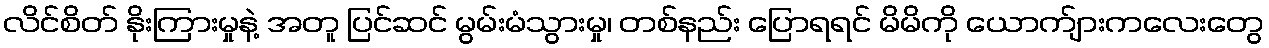
လိင်စိတ် နိုးကြားမှုနဲ့ အတူ ပြင်ဆင် မွမ်းမံသွားမှု၊ တစ်နည်း ပြောရရင် မိမိကို ယောက်ျားကလေးတွေ